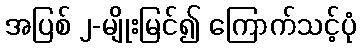
အပြစ် ၂-မျိုးမြင်၍ ကြောက်သင့်ပုံ